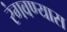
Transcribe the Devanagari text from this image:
रंगवण्यास